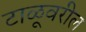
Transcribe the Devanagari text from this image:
टाळूवरील